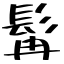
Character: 髯